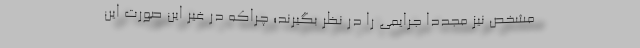
مشخص نیز مجددا جرایمی را در نظر بگیرند؛ چراکه در غیر این صورت این